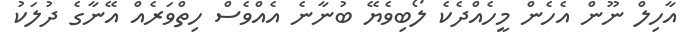
އާހިލް ނޫން އެހެން މީހެއްދެކެ ލޯބިވެޔޭ ބުނާނެ އެއްވެސް ހިތްވަރެއް އޭނާގެ ދުލަކު